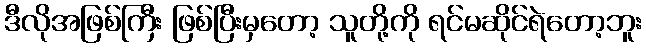
ဒီလိုအဖြစ်ကြီး ဖြစ်ပြီးမှတော့ သူတို့ကို ရင်မဆိုင်ရဲတော့ဘူး